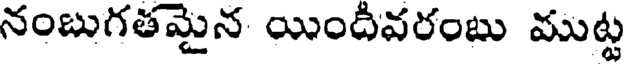
నంబుగతమైన యిందీవరంబు ముట్ట